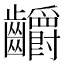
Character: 𪚅